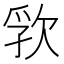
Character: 𬅦